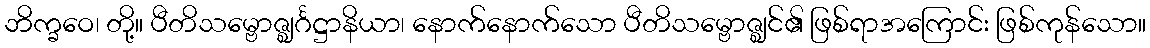
ဘိက္ခဝေ၊ တို့။ ပီတိသမ္ဗောဇ္ဈင်္ဂဋ္ဌာနိယာ၊ နောက်နောက်သော ပီတိသမ္ဗောဇ္ဈင်၏ ဖြစ်ရာအကြောင်း ဖြစ်ကုန်သော။